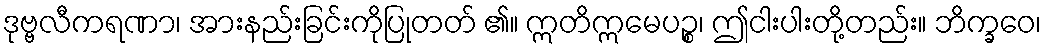
ဒုဗ္ဗလီကရဏာ၊ အားနည်းခြင်းကိုပြုတတ် ၏။ ဣတိဣမေပဉ္စ၊ ဤငါးပါးတို့တည်း။ ဘိက္ခဝေ၊